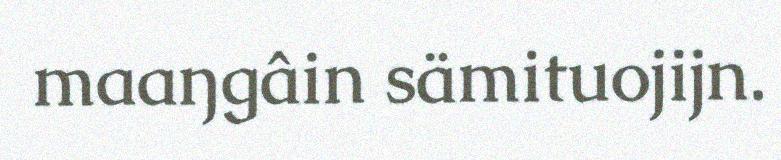
maaŋgâin sämituojijn.